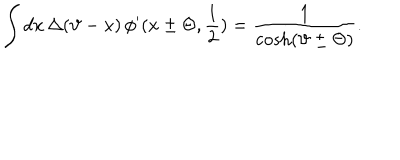
\displaystyle \int d x \, \Delta ( \vartheta - x ) \, \phi ^ { \prime } ( x \pm \Theta , \displaystyle \frac { 1 } { 2 } ) = \displaystyle \frac { 1 } { \cosh ( \vartheta \pm \Theta ) } .